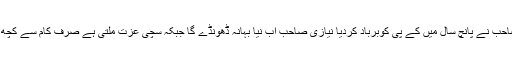
شہباز شریف نے کہا نیازی صاحب نے پانچ سال میں کے پی کوبرباد کردیا نیازی صاحب اب نیا بہانہ ڈھونڈے گا جبکہ سچی عزت ملتی ہے صرف کام سے کچھ نہیں ہوتا نیازی کے الزام سے۔